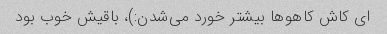
ای کاش کاهو‌ها بیشتر خورد می‌شدن:)، باقیش خوب بود